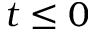
t \le 0